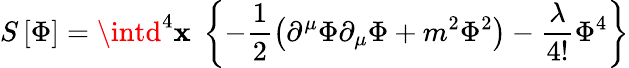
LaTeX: S\left[\Phi\right]=\intd^{4}\mathbf{x}\; \left\{ -\frac{{1}}{{2}}\left(\partial^{\mu}\Phi\partial_{\mu}\Phi+m^{2}\Phi^{2}\right)-\frac{\lambda}{{4!}}\Phi^{4}\right\}